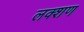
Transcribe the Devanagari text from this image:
लक्शण